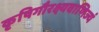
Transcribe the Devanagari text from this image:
कृषिगौरक्ष्यवाणिज्यं